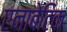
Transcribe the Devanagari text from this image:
एनाबेटिक